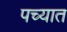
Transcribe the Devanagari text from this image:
पच्यात